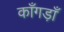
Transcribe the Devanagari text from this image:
काँगड़ाँ